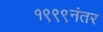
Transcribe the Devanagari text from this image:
१९९९नंतर